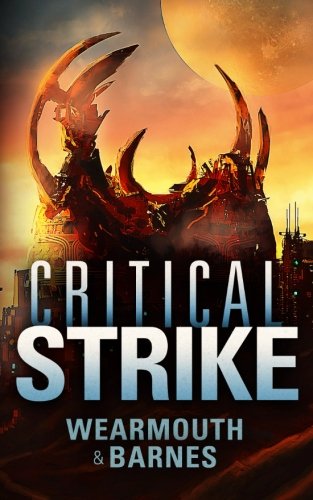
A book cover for Critical Strike (The Critical Series) (Volume 3); Wearmouth and Barnes; Science Fiction & Fantasy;